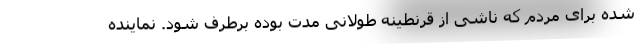
شده برای مردم که ناشی از قرنطینه طولانی مدت بوده برطرف شود. نماینده